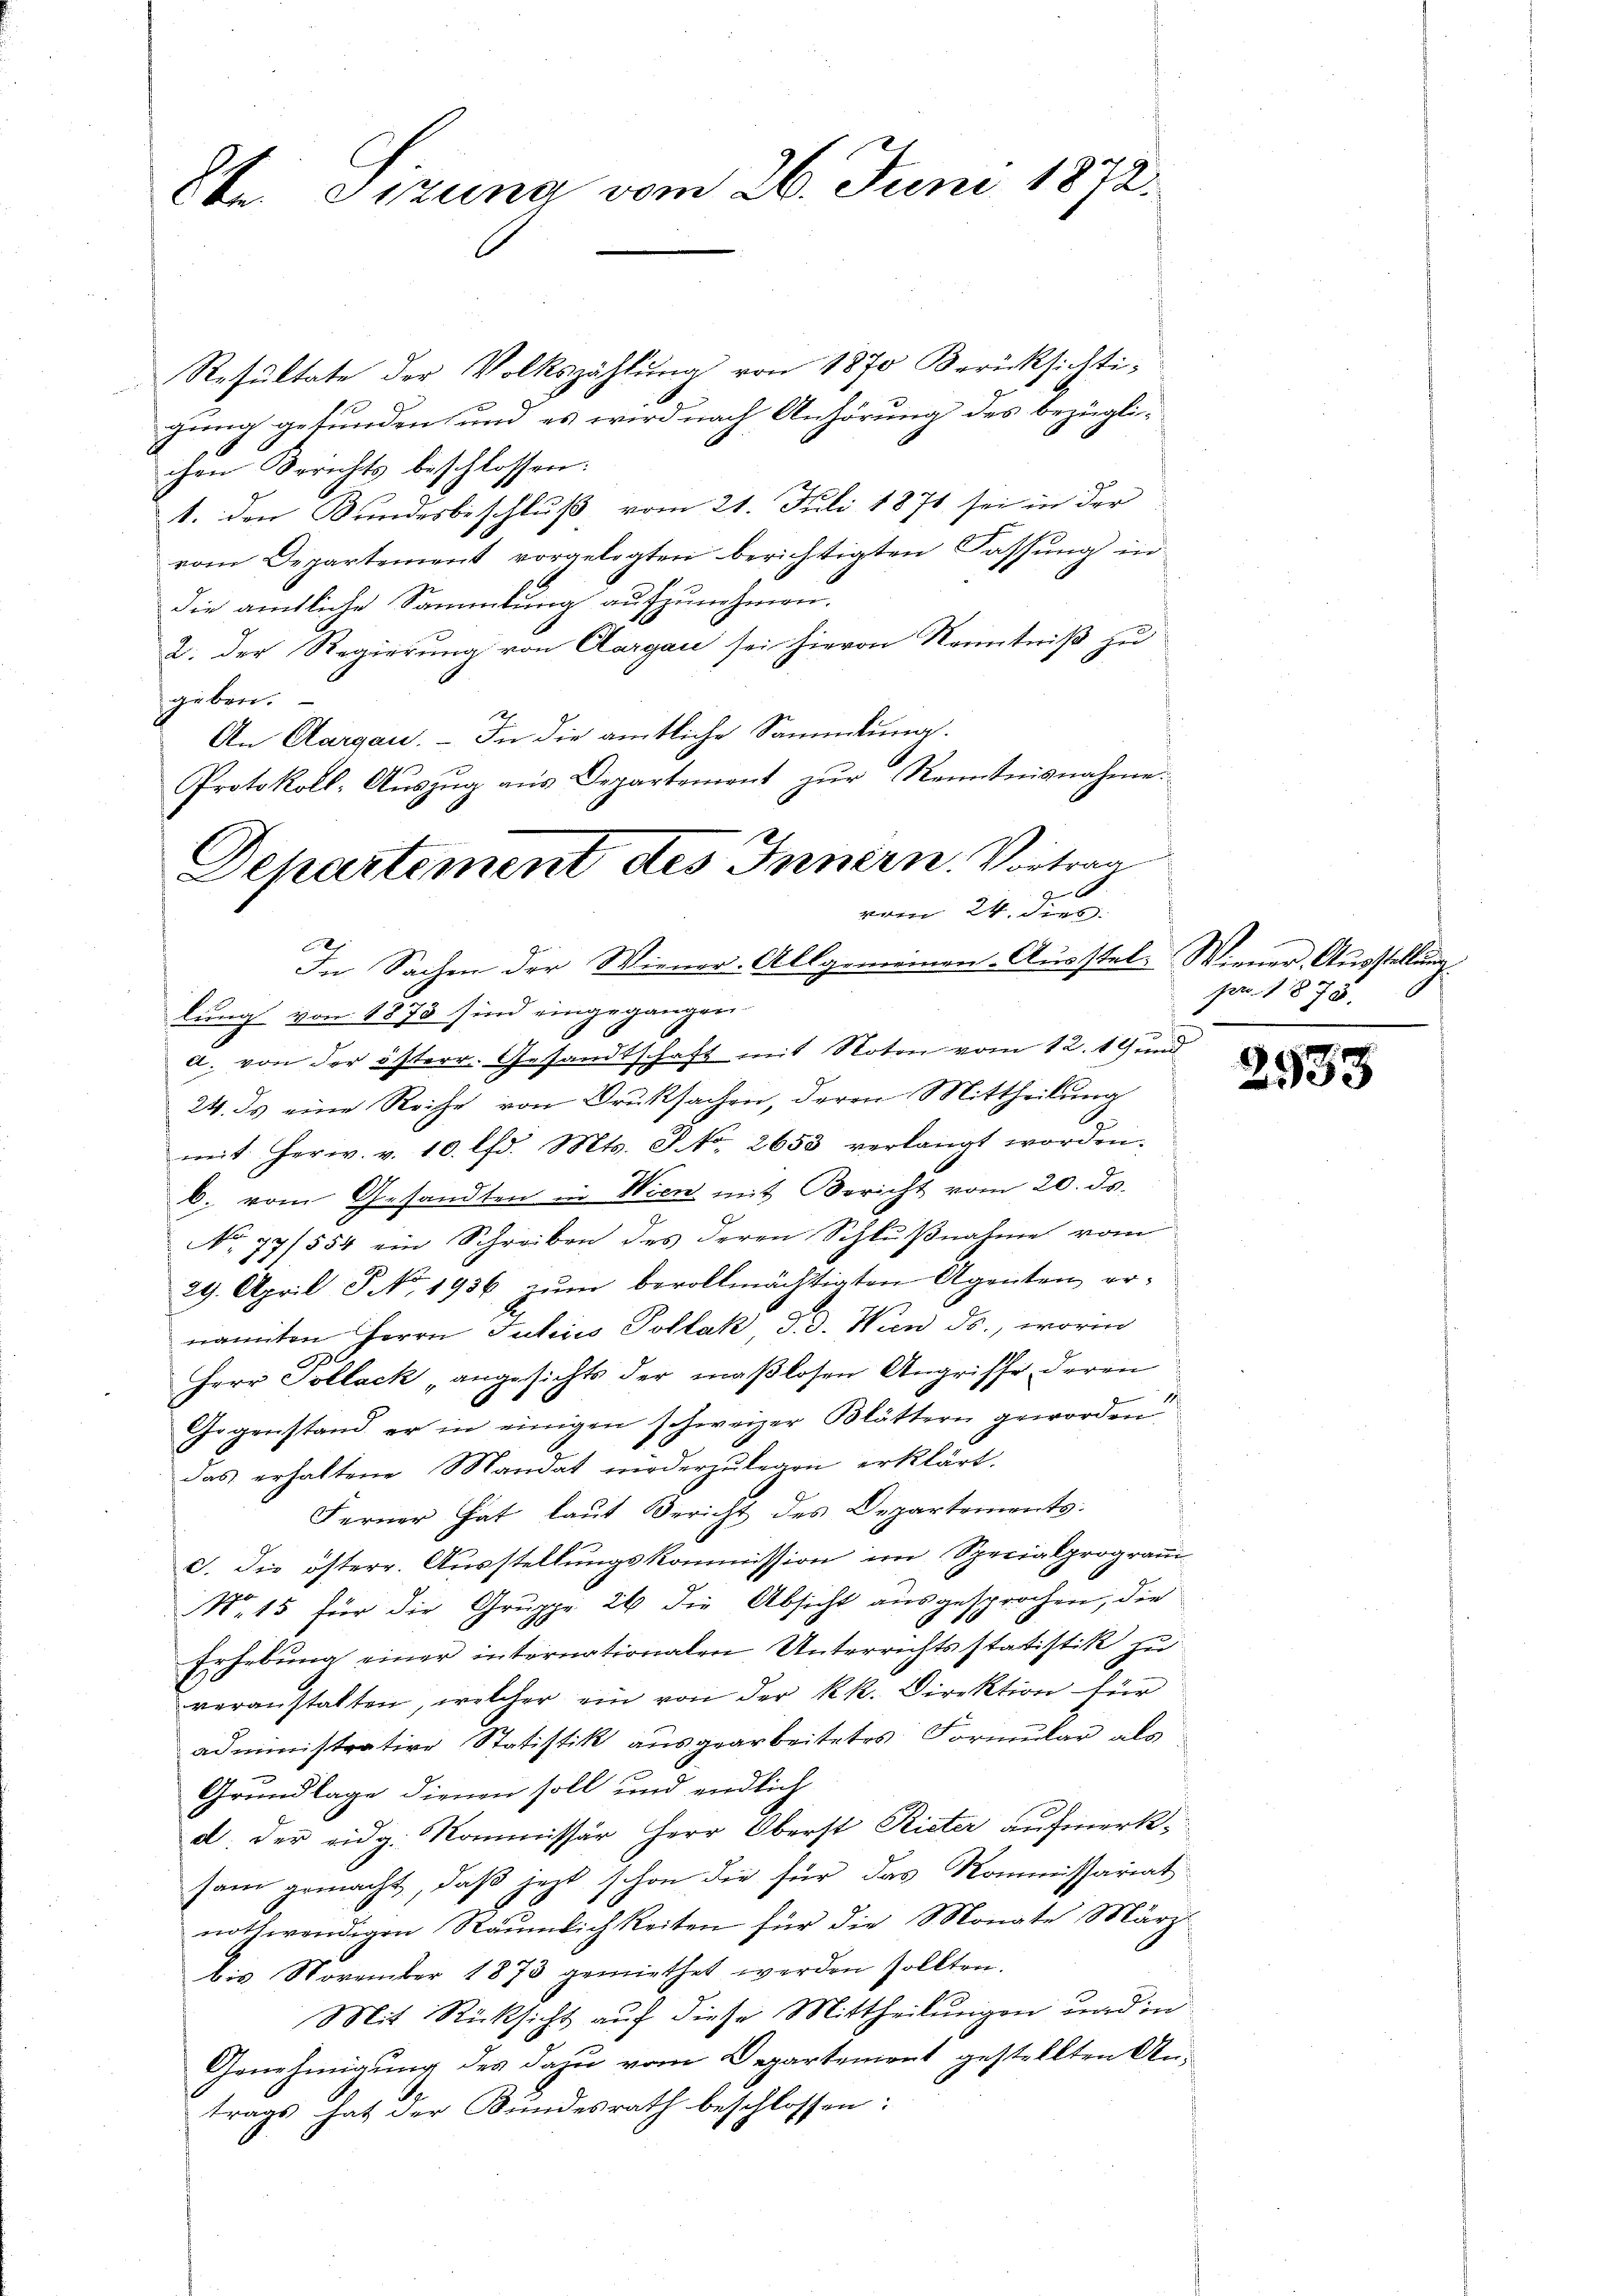
8te Sizung vom 26. Juni 1872.

Resultate der Volkszählung von 1870 Berücksichti-
.
gung gefunden und es wird nach Anhörung des bezüglichen Berichts beschlossen:
1. den Bundesbeschluß vom 21. Juli 1871 sei in der
vom Departement vorgelegten berichtigten Fassung in
die amtliche Sammlung aufzunehmen.
2. Der Regierung von Aargau sei hievon Kenntniß zu
geben.
An Aargau. – In die amtliche Sammlung.
Protokoll-Aŭszŭg aŭs Departement zŭr Kenntnisnahme.
6
In Sachen der Wiener-Allgemeinen-Ausstel- Wiener Ausstellung.
lung von 1873 sind eingegangen.
a. von der österr. Gesandtschaft mit Noten vom 12. 19 und
24. ds eine Reihe von Druksachen, deren Mittheilung
E
mit Herr. v. 10. lfd. Mts. J. No. 2653 verlangt worden.
b. vom Gesandten in Wien mit Bericht vom 20. ds.
No 77/554 ein Schreiben des deren Schlußnahme vom
29. April No 1936 zum bevollmächtigten Agenten ernannten Herrn Julius Pollak d. d. Wien ds., worin
Herr Pollack „angesichts der maßlosen Angriffe deren
Gegenstand er in einigen schweizer Blättern geworden
das erhaltene Mandat niederzulegen erklärt.
Ferner hat laut Bericht des Departements.
c. die österr. Ausstellungskommission im Specialprogram¬
N 15 für die Gruppe 26 die Absicht ausgesprochen, die
Erhebung einer internationalen Unterrichtsstatistik zu
veranstalten, welcher ein von der k.k. Direktion für
administrative Statistik ausgearbeitetes Formular als
Grundlage dienen soll und endlich
d. der eidg. Kommissär Herr Oberst Rieter aufmerksam gemacht, daß jetzt schon die für das Kommissariat
nothwendigen Räumlichkeiten für die Monate März
bis November 1873 gemiethet werden sollten.
Mit Rücksicht auf diese Mittheilungen und in
Genehmigung des dazu vom Departement gestellten Antrags hat der Bundesrath beschlossen:

Departement des Innern. Vortrag

vom 24. ders.

pr. 1878. 6

2533